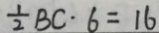
\frac { 1 } { 2 } B C \cdot 6 = 1 6